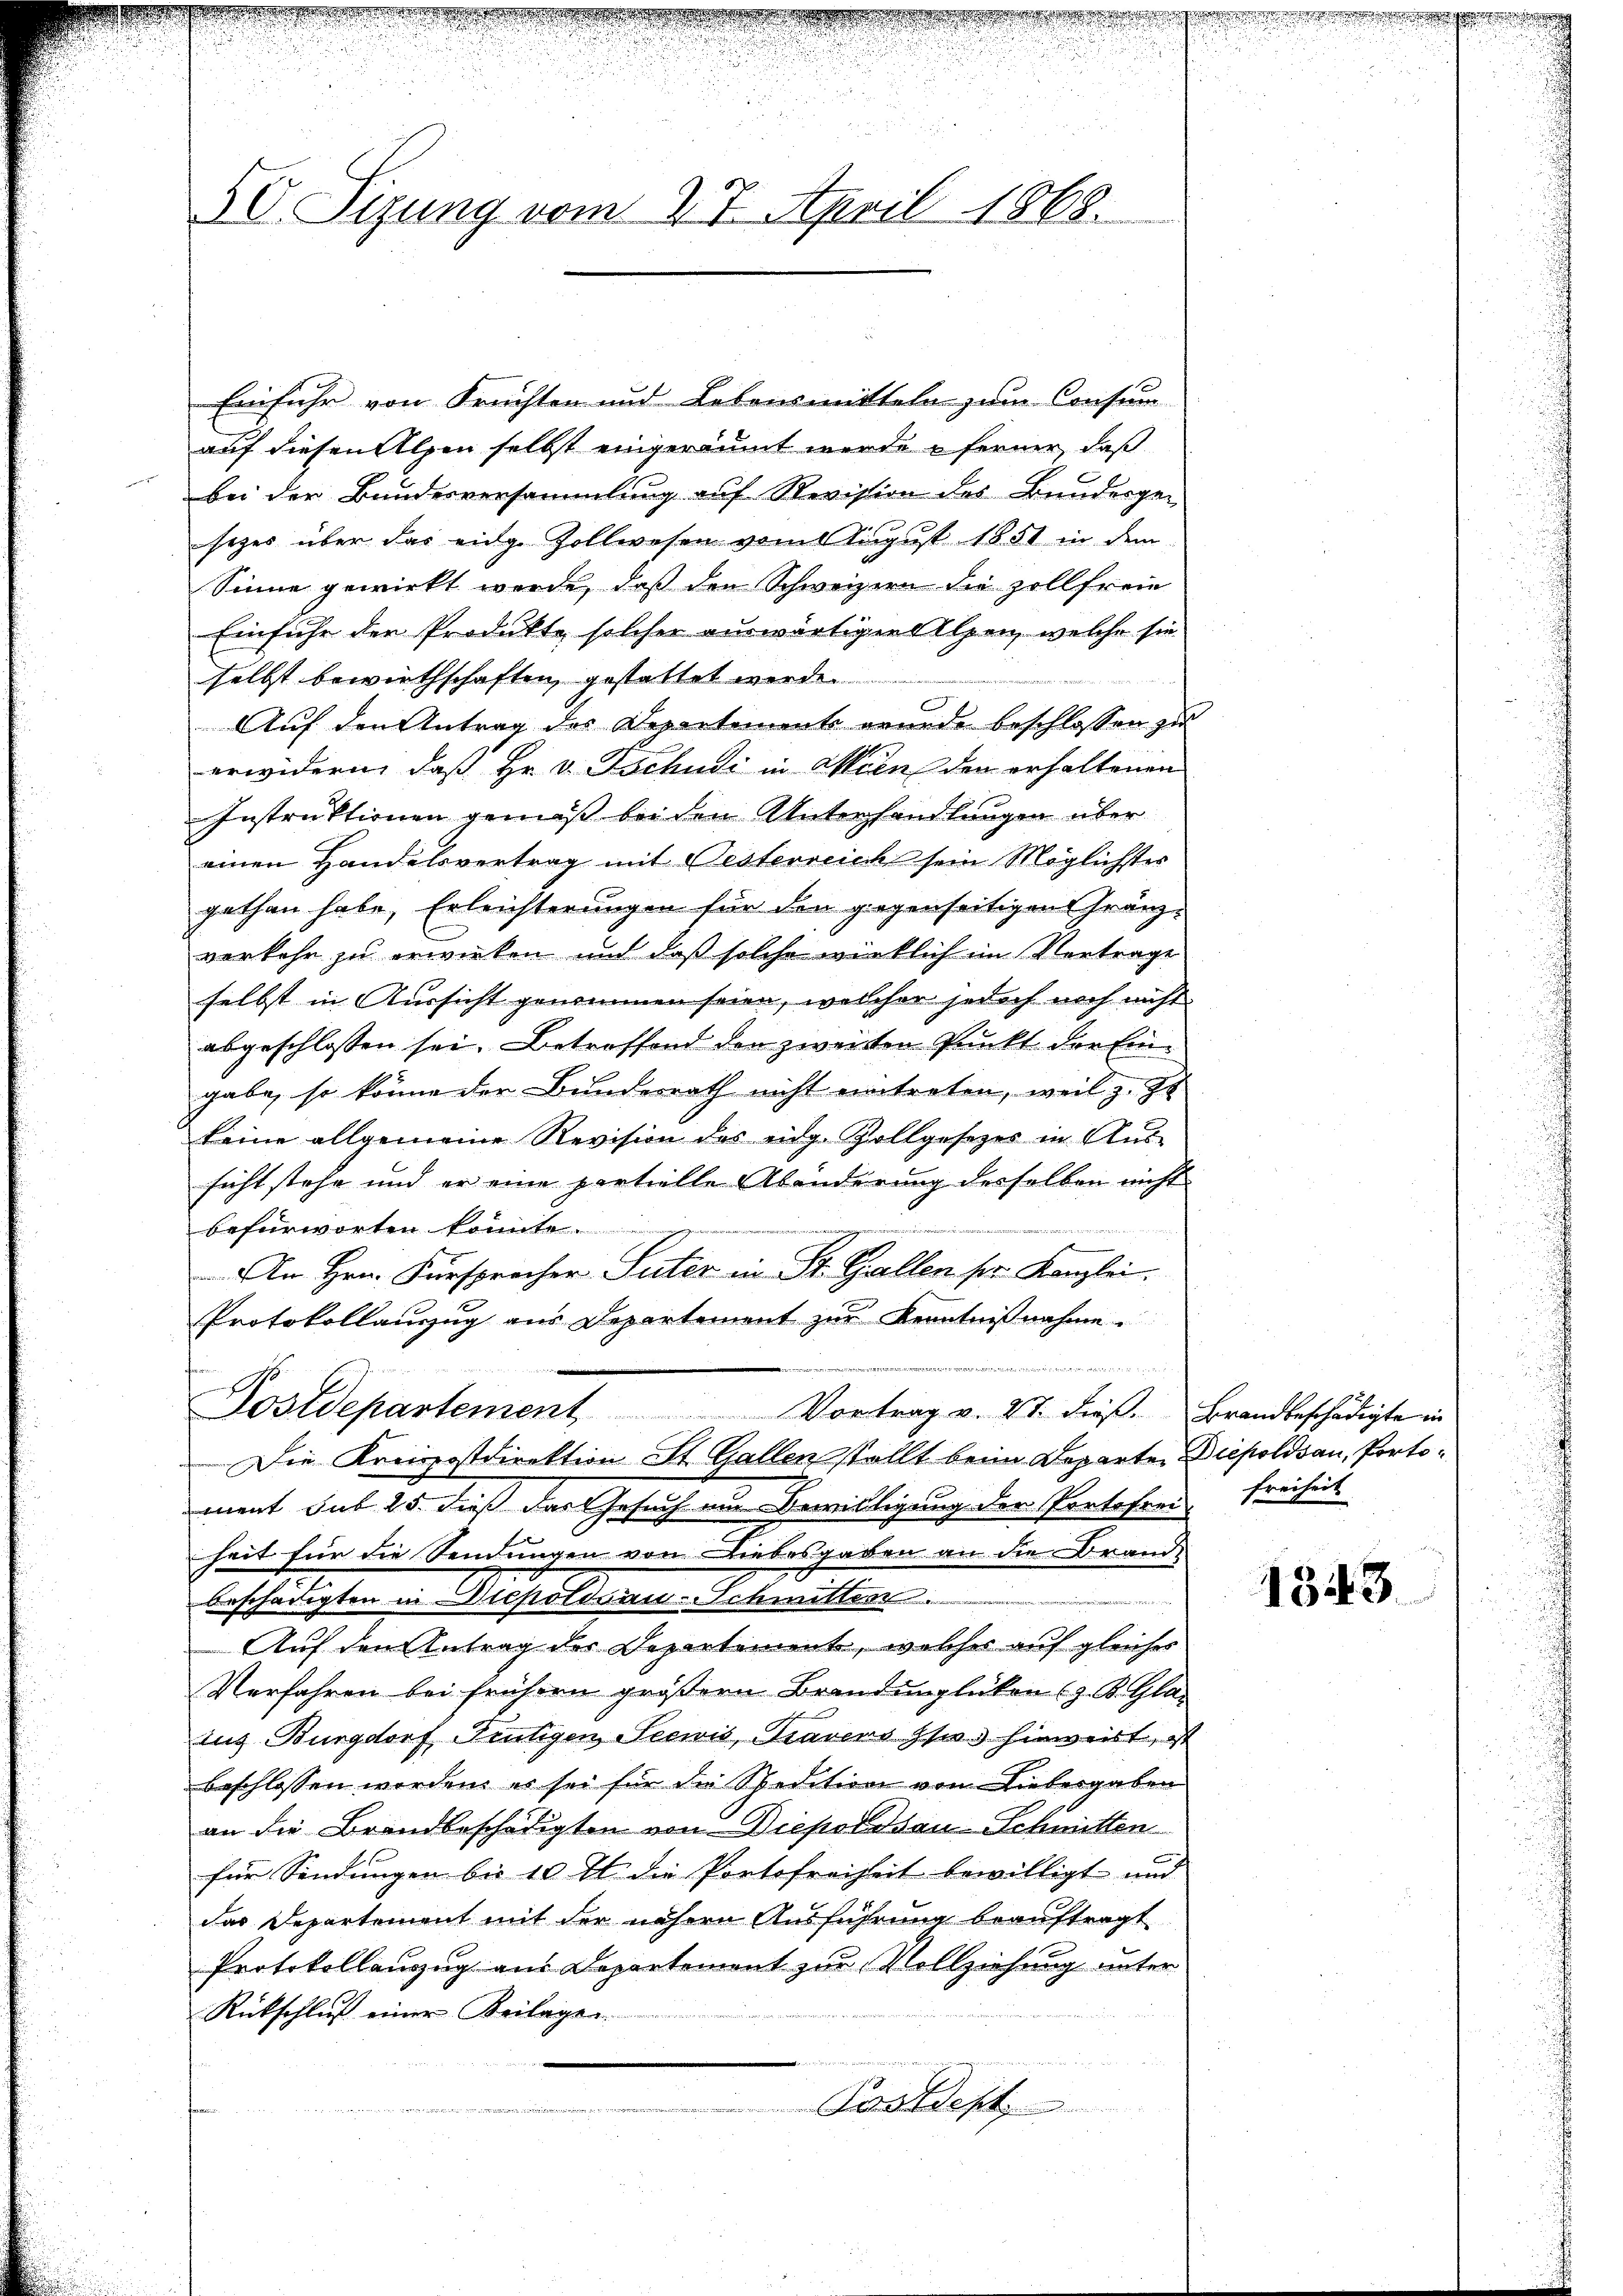
50. Sitzung vom 27. April 1868.

Einfuhr von Früchten und Betonsmitteln zum Consum
auf diesen Alpen selbst eingeräumt wurde ferner, daß
bei der Bundesversammlung auf Revision des Bunderger
sezes über das eidge Zollwesen vom August 1851 in dem
Sinne gewirkt werde, daß den Schweizern die zollfreie
Einfuhr den Produkte solcher auswärtigen Alpen, welche sie
selbst bewirthschaften gestattet werde.
Auf den Antrag des Departement wurde beschlossen zu
erwidern, daß Hr. v. Tschudi in Wien den erhaltenen
Instruktionen gemäß bei den Unterhandlungen über
einen Handelsvertrag mit Oesterreich sein Möglichster
gethan habe, Erleichterungen für den gegenseitigen Gränzverkehr zu erwirken und daß solche wirklich im Vertrage
selbst in Kursicht genommen seien, welcher jedoch noch nicht
abgeschlossen sei. Betroffend den zweiten Punkt der Eingabe, so könne der Bundesrath nicht eintreten, weil z. Zt
keine allgemeine Revision des eidg. Zollgesetzes in Aus-
sicht stehe und er eine partielle Abänderung desselben nicht
befürworten konnte
An Hrn. Fürsprocher Suter in St. Gallen ser Kanzlei.
Protokollanzug aus Departement zur Kenntnißnahme.

Postdepartement Vortrag v. 21. dieβ. Brandbeschädigte in
Die Kreisostdirektion St. Gallenstellt beim Departen Diesoldau, Portoment sub 25. dieß das Gesuch ein Bewilligung der Portofrei Freiheit
heit für die Sendungen von Diebesgaben an die Brande
beschädigten in Diepoldsau-Schmitten.
Auf den Antrag der Departement, welches auf gleiches
Verfahren bei frühern größern Brandunglücken (z. B. Glarus
ius Burgdorf, Frutigen Seewis, Gravers suos hinweist, ist
beschlossen worden, es sei für die Spedition von Liebergaben
an die Brandbeschädigten von Diepodisau-Schmitten
für Sendungen bis 10 t die Portofreiheit bewilligt und
Das Departement mit der nähern Ausführung beauftragt
Protokollanzug aus Departement zur Vollziehung unter
Rückschluß einer Beilage
Postdest

1343.